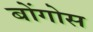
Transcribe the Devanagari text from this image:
बोंगोस